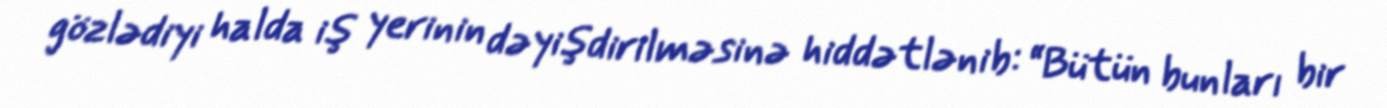
gözlədiyi halda iş yerinin dəyişdirilməsinə hiddətlənib: “Bütün bunları bir